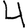
Digit: 4